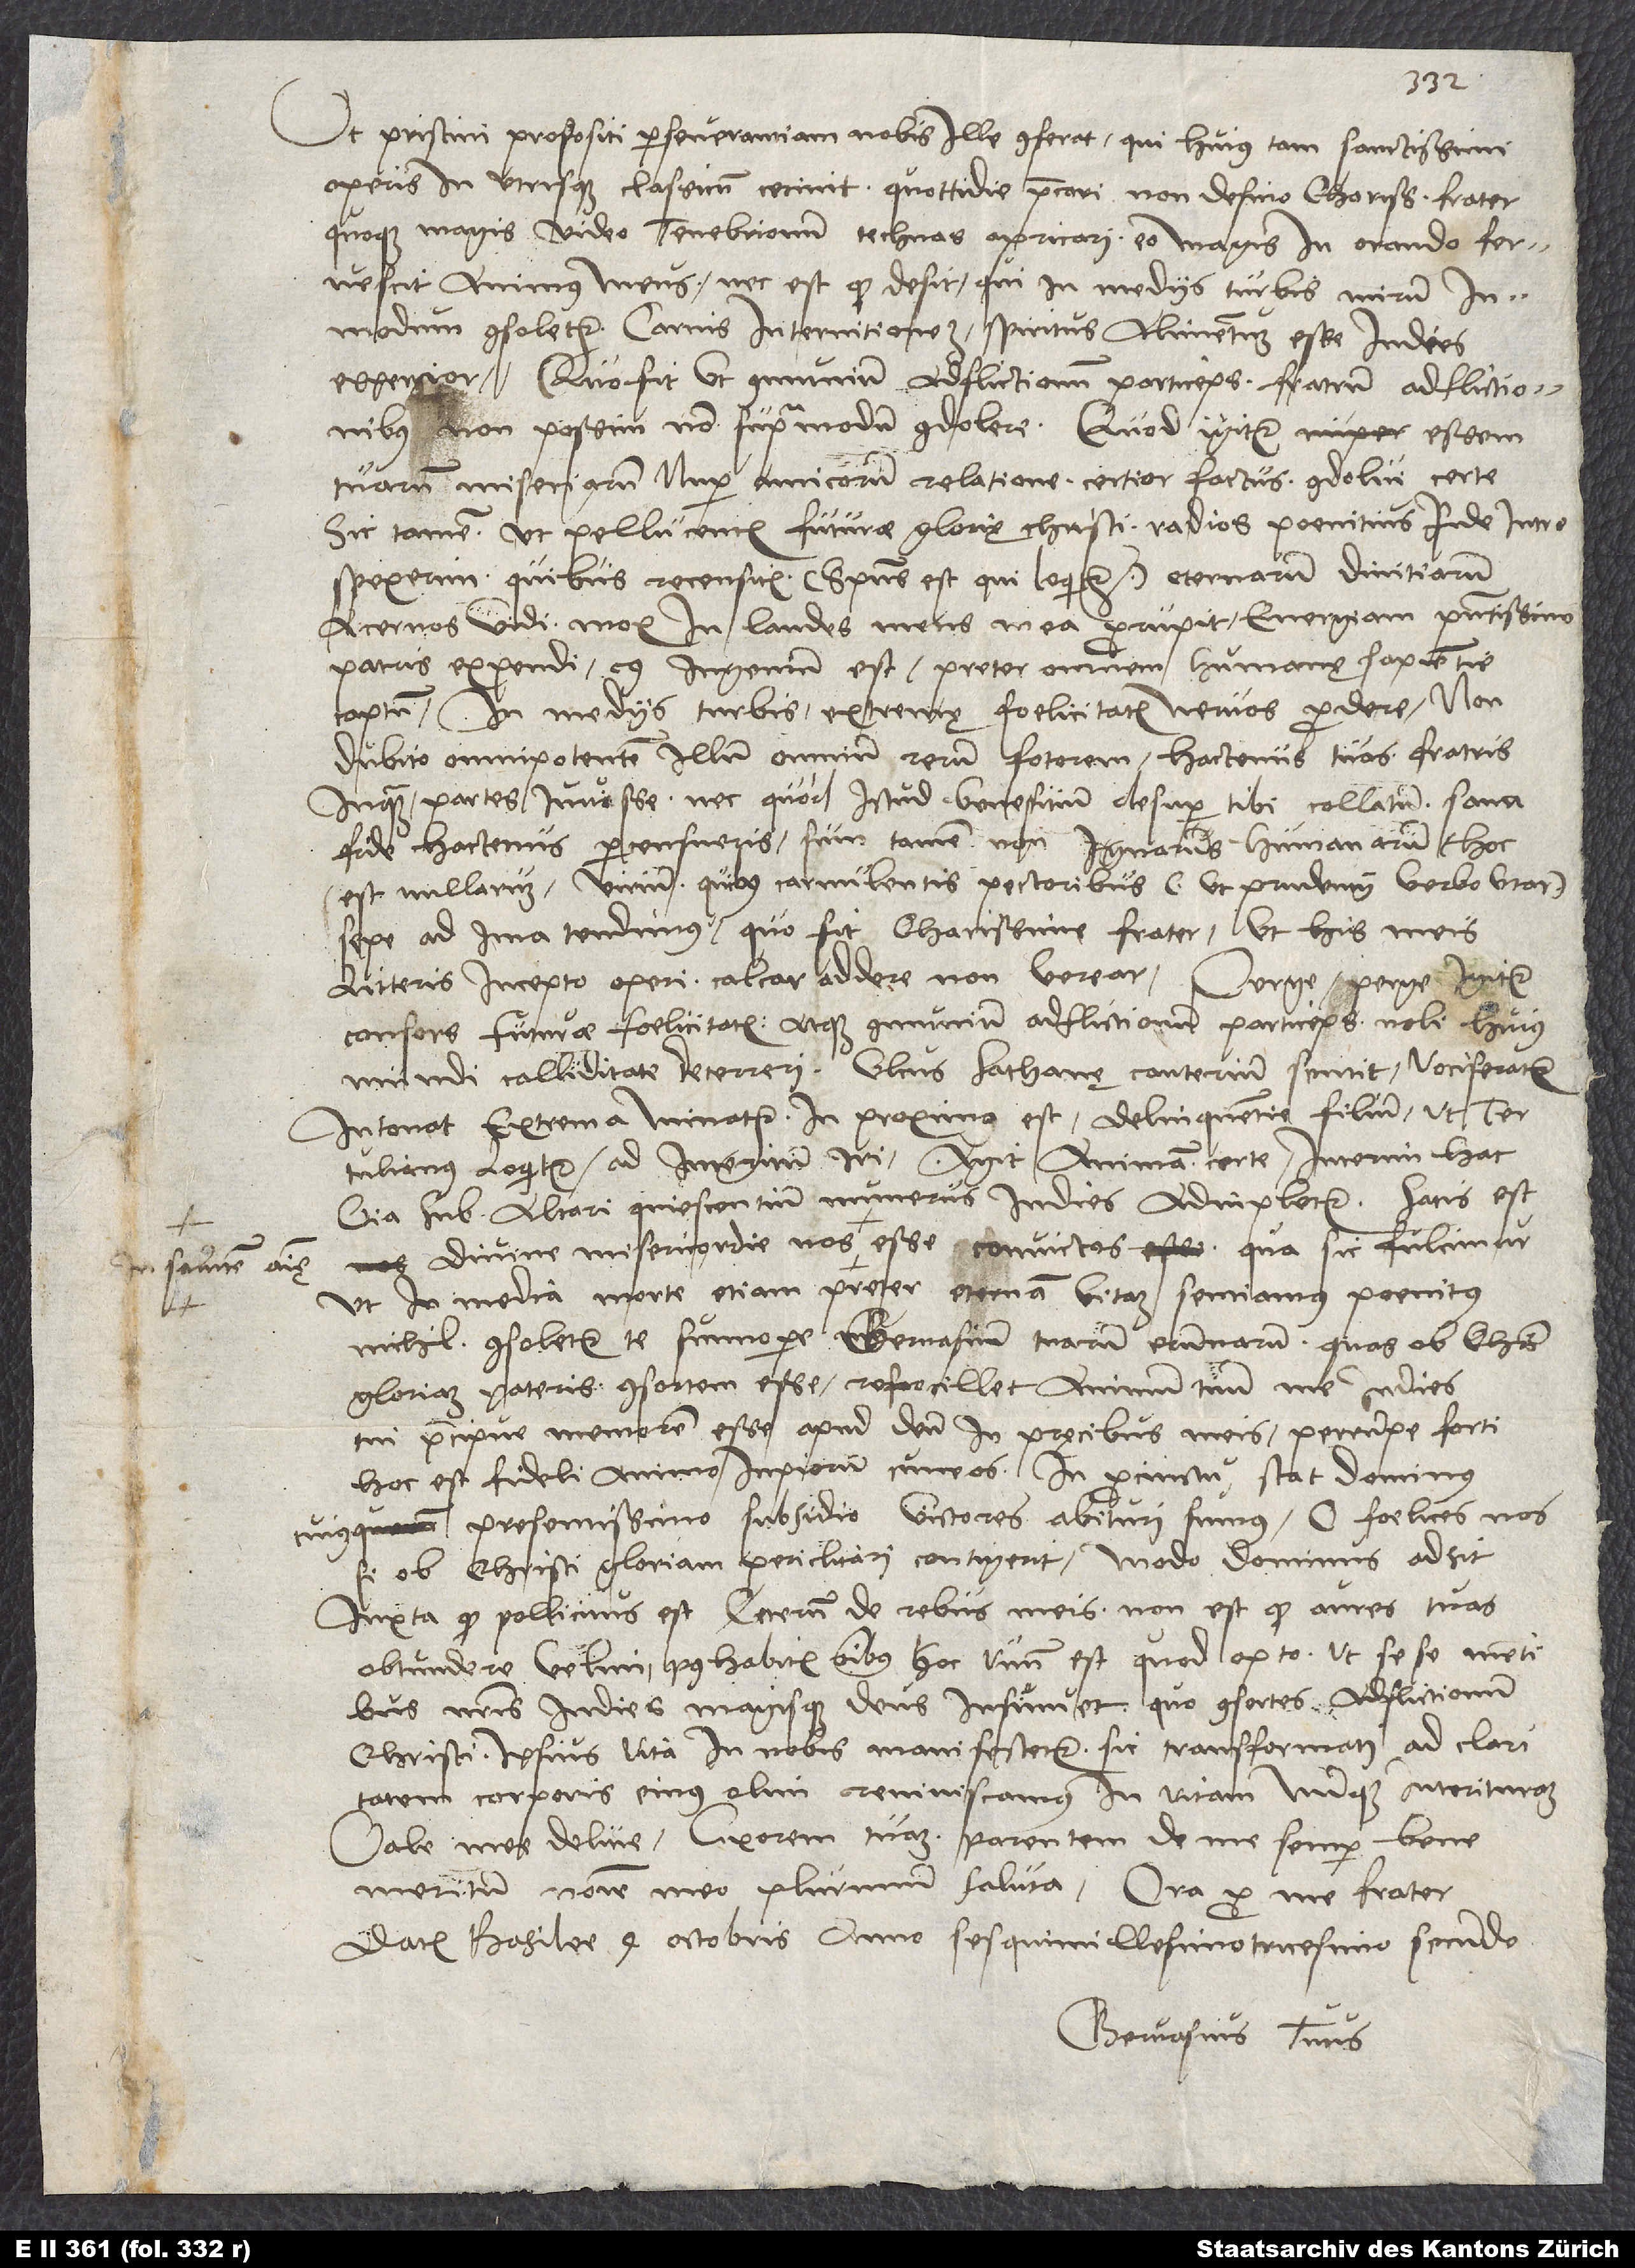
Ut pristini propositi perseverantiam nobis ille conferat, qui huius tam sanctissimi
operis in utrisque classicum cecinit, quottidie precari non desino, charissime frater,
quoque magis video tenebrionum technas apricari, eo magis in orando fervescit
animus meus. Nec est, quod desit, qui in mediis turbis mirum
modum consoletur. Carnis internitionem spiritus alimentum esse in dies
experior. Quo fit, ut communium adflictionum particeps fratrum adflictionibus
non possim non supra modum condolere. Quod igitur essem
tuarum miseriarum nuper amicorum relatione certior factus, condolui certe,
sic tamen, ut pellucentis futurae glorię Christi radios poenitius inde introspexerim,
quibus recensitis - spiritus est, qui loquitur - eternarum divitiarum
acervos vidi, mox in laudes mens mea prorupit, energiam potentissimi
patris expendi, cuius ingenium est preter omnem humanę sapientie
captum in mediis turbis extremę foelicitatis nervos prodere. Non
dubito omnipotentem illum omnium rerum fotorem hactenus tuas, fratris
inquam, partes iuvisse, nec quod istud benefitium desuper tibi collatum sana
fide hactenus percensueris; sum tamen non ignarus humanarum, hoc
est nullarum virium, quibus «carnulentis pectoribus», ut Prudencii verbo utar,
sepe ad ima tendimus. Quo fit, charissime frater, ut his meis
litteris incepto operi calcar addere non verear. Perge, perge igitur,
consors futurae foelicitatis atque communium adflictionum particeps, noli huius
mundi calliditate deterreri. Ulcus Sathanę cauterium sentit, vociferatur,
intonat, extrema minatur. In proximo est delinquentie filium, ut
Tertulianus loquitur, ad interitum iri. Agit animam certe. Interim hac
via sub alteri quiescentium numerus in dies adinpletur. Satis est
ut in media morte etiam preter eternam vitam sentiamus poenitus
nichil. Consoletur te sumopere Gervasium tuarum erumnarum, quas ob Christi
gloriam pateris, consortem esse. Refocillet animum tuum me in dies
tui praecipue memorem esse apud deum in pręcibus meis. Perrumpe forti,
hoc est fideli animo inpiorum cuneos. In procinctu stat dominus,
cuius presentissimo subsidio victores abituri sumus. O foelices nos,
si ob Christi gloriam periclitari contigerit! Modo dominus adsit
iuxta quod pollicitus est. Ceterum de rebus meis non est quod aures tuas
obtundere velim. Posthabitis omnibus hoc unum est, quod opto, ut sese mentibus
nostris in dies magisque deus insinuet, quo consortes adflictionum
Christi ipsius vita in nobis manifestetur. Sic transformati ad claritatem
corporis eius olim reviviscamus in vitam nunquam interituram.
Vale, mee delicie. Uxorem tuam, parentem de me semper bene
meritum nomine meo plurimum saluta. Ora pro me, frater.
Datum Basilee, 4. octobris anno sesquimillesimo tricesimo secundo.
Gervasius tuus.